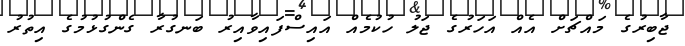
ޖާބިރުގެ މައްޗަށް އެއް އަހަރުގެ ޖަލު ހުކުމެއް އައިސްފައިވާއިރު ބަނގުރާ ގެންގުޅުމުގެ އިތުރު